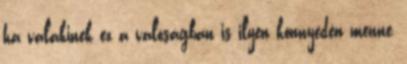
ha valakinek ez a valóságban is ilyen könnyedén menne,